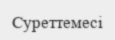
Суреттемесі